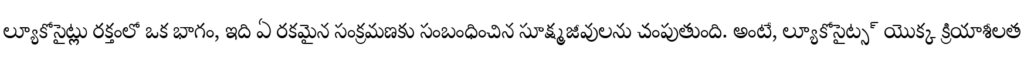
ల్యూకోసైట్లు రక్తంలో ఒక భాగం, ఇది ఏ రకమైన సంక్రమణకు సంబంధించిన సూక్ష్మజీవులను చంపుతుంది. అంటే, ల్యూకోసైట్స్ యొక్క క్రియాశీలత